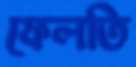
ফেলতি